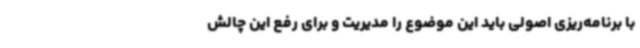
با برنامه‌ریزی اصولی باید این موضوع را مدیریت و برای رفع این چالش